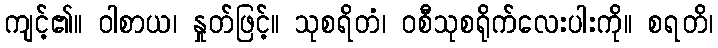
ကျင့်၏။ ဝါစာယ၊ နှုတ်ဖြင့်။ သုစရိတံ၊ ဝစီသုစရိုက်လေးပါးကို။ စရတိ၊